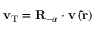
\mathbf { v } _ { \mathrm { T } } = \mathbf { R } _ { - \alpha } \cdot \mathbf { v } \left( \mathbf { \tilde { r } } \right)